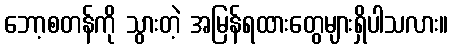
ဘော့စတန်ကို သွားတဲ့ အမြန်ရထားတွေများရှိပါသလား။